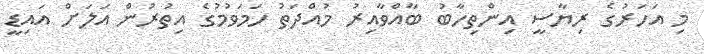
މި އަހަރުގެ ރިޔާސީ އިންތިހާބު ބާއްވާއިރު މުއްދަތު ހަމަވުމުގެ އިތުރުން އަލަށް އައިޑީ